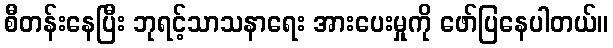
စီတန်းနေပြီး ဘုရင့်သာသနာရေး အားပေးမှုကို ဖော်ပြနေပါတယ်။